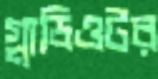
গ্লাডিওটর